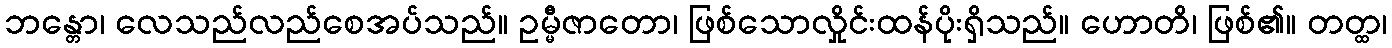
ဘန္တော၊ လေသည်လည်စေအပ်သည်။ ဥမ္မီဇာတော၊ ဖြစ်သောလှိုင်းထန်ပိုးရှိသည်။ ဟောတိ၊ ဖြစ်၏။ တတ္ထ၊